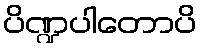
ပိဏ္ဍပါတောပိ